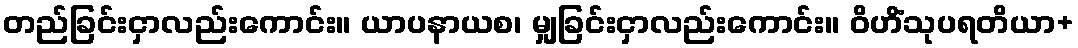
တည်ခြင်းငှာလည်းကောင်း။ ယာပနာယစ၊ မျှခြင်းငှာလည်းကောင်း။ ဝိဟိံသုပရတိယာ+